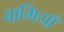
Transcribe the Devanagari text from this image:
वामियाँ